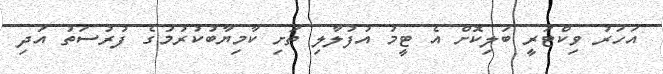
އަހަރު ވިކްޓަރީ ބަލިކޮށް އެ ޓީމު އުފުލާލި ތަށި ކާމިޔާބުކުރުމުގެ ފުރުސަތު އަދި